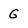
Character: g